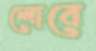
লোবে